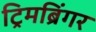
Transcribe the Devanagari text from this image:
ट्रिमब्रिंगर